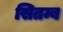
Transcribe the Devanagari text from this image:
सितम्ब